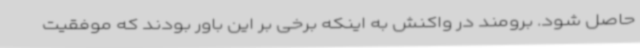
حاصل شود. برومند در واکنش به اینکه برخی بر این باور بودند که موفقیت